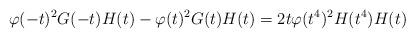
LaTeX: \begin{align*} \varphi(-t)^2G(-t)H(t)-\varphi(t)^2G(t)H(t) = 2t\varphi(t^4)^2H(t^4)H(t)\end{align*}